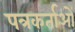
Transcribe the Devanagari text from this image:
पत्रकर्ताओं